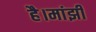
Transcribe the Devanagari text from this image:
है।मांझी